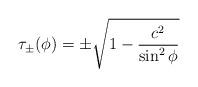
LaTeX: \begin{align*} \tau_\pm(\phi) = \pm \sqrt{1 - \frac{c^2}{\sin^2\phi}}\end{align*}